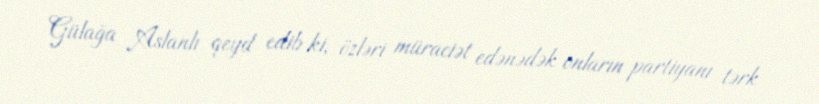
Gülağa Aslanlı qeyd edib ki, özləri müraciət edənədək onların partiyanı tərk